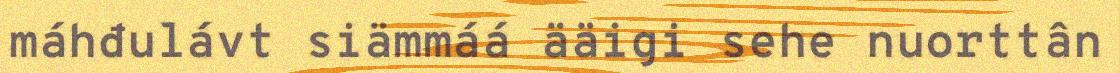
máhđulávt siämmáá ääigi sehe nuorttân